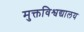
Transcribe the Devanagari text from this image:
मुक्तविश्वद्यालय